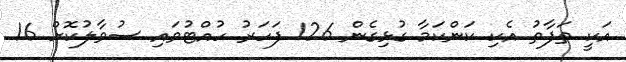
އަކީ ތަފާތު އެކި ކަންކަމާ ގުޅިގެން 126 ފަހަރު ހުއްޓުވައި ސުވާލުކޮށް 16